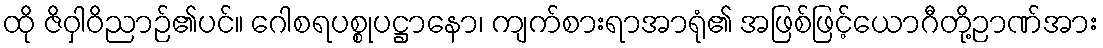
ထို ဇိဝှါဝိညာဉ်၏ပင်။ ဂေါစရပစ္စုပဋ္ဌာနော၊ ကျက်စားရာအာရုံ၏ အဖြစ်ဖြင့်ယောဂီတို့ဉာဏ်အား